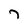
Character: 7